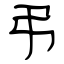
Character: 弔